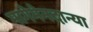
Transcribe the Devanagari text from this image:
मागेमेनदान्या